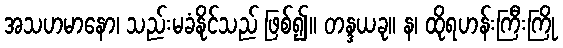
အသဟမာနော၊ သည်းမခံနိုင်သည် ဖြစ်၍။ တန္ဒယခု။ န၊ ထိုရဟန်းကြီးကြို